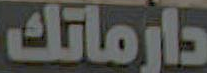
دارماتك